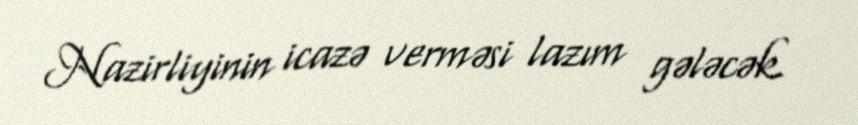
Nazirliyinin icazə verməsi lazım gələcək.